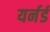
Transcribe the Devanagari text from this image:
यर्नर्ड